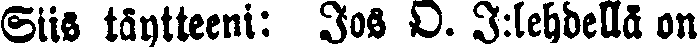
Siis täytteeni: Jos O. J:lehdellä on